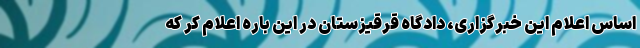
اساس اعلام این خبرگزاری، دادگاه قرقیزستان در این باره اعلام کر که